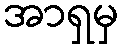
အာရှမှ